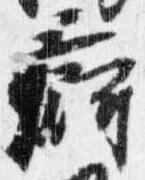
痾